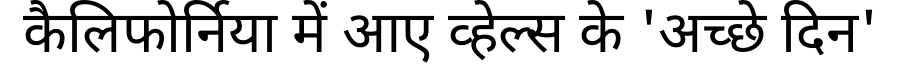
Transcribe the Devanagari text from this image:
कैलिफोर्निया में आए व्हेल्स के 'अच्छे दिन'